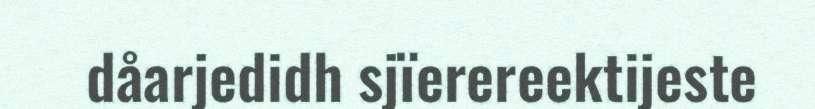
dåarjedidh sjïerereektijeste